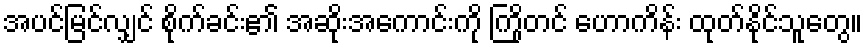
အပင်မြင်လျှင် စိုက်ခင်း၏ အဆိုးအကောင်းကို ကြိုတင် ဟောကိန်း ထုတ်နိုင်သူတွေ။